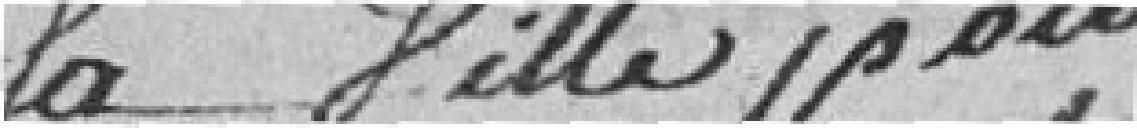
la Ville pour